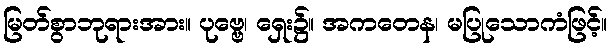
မြတ်စွာဘုရားအား။ ပုဗ္ဗေ၊ ရှေး၌။ အကတေန၊ မပြုသောကံဖြင့်။